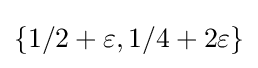
\{1/2+\varepsilon ,1/4+2\varepsilon \}